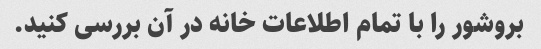
بروشور را با تمام اطلاعات خانه در آن بررسی کنید.